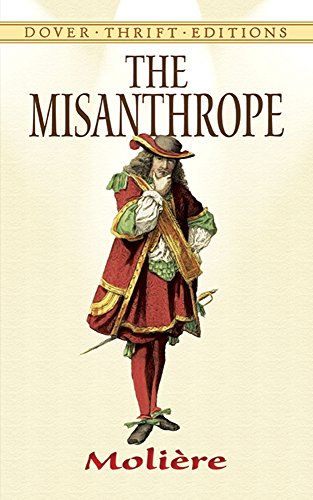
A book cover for The Misanthrope (Dover Thrift Editions); Moliere; Literature & Fiction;